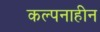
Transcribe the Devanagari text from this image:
कल्पनाहीन